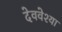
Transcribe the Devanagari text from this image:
देववेश्या